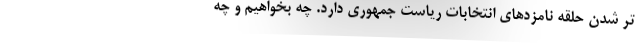
تر شدن حلقه‌ نامزدهای انتخابات ریاست جمهوری دارد. چه بخواهیم و چه